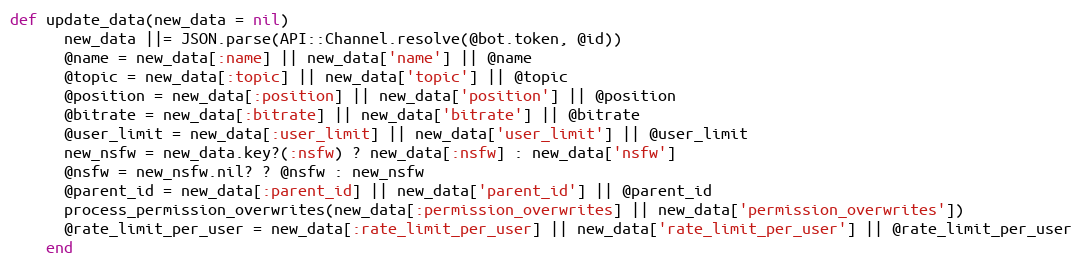
Language: Ruby
def update_data(new_data = nil)
      new_data ||= JSON.parse(API::Channel.resolve(@bot.token, @id))
      @name = new_data[:name] || new_data['name'] || @name
      @topic = new_data[:topic] || new_data['topic'] || @topic
      @position = new_data[:position] || new_data['position'] || @position
      @bitrate = new_data[:bitrate] || new_data['bitrate'] || @bitrate
      @user_limit = new_data[:user_limit] || new_data['user_limit'] || @user_limit
      new_nsfw = new_data.key?(:nsfw) ? new_data[:nsfw] : new_data['nsfw']
      @nsfw = new_nsfw.nil? ? @nsfw : new_nsfw
      @parent_id = new_data[:parent_id] || new_data['parent_id'] || @parent_id
      process_permission_overwrites(new_data[:permission_overwrites] || new_data['permission_overwrites'])
      @rate_limit_per_user = new_data[:rate_limit_per_user] || new_data['rate_limit_per_user'] || @rate_limit_per_user
    end